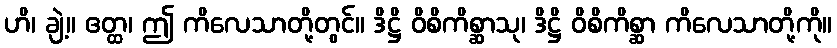
ဟိ၊ ချဲ့။ ဧတ္ထ၊ ဤ ကိလေသာတို့တွင်။ ဒိဋ္ဌိ ဝိစိကိစ္ဆာသု၊ ဒိဋ္ဌိ ဝိစိကိစ္ဆာ ကိလေသာတို့ကို။